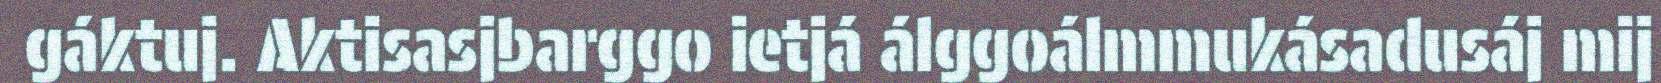
gáktuj. Aktisasjbarggo ietjá álggoálmmukásadusáj mij